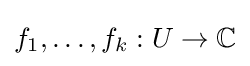
f_{1},\dots ,f_{k}:U\to \mathbb {C}